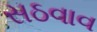
સઠવાવ